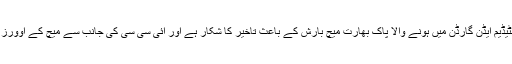
واضح رہے کہ کولکتہ کے اسٹیڈیم ایڈن گارڈن میں ہونے والا پاک بھارت میچ بارش کے باعث تاخیر کا شکار ہے اور آئی سی سی کی جانب سے میچ کے اوورز کم کر کے 18 کر دیا گیا تھا۔